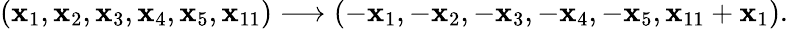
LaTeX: (\mathbf{x}_{1},\mathbf{x}_{2},\mathbf{x}_{3},\mathbf{x}_{4},\mathbf{x}_{5},\mathbf{x}_{11})\longrightarrow(-\mathbf{x}_{1},-\mathbf{x}_{2},-\mathbf{x}_{3},-\mathbf{x}_{4},-\mathbf{x}_{5},\mathbf{x}_{11}+\mathbf{x}_{1}).